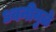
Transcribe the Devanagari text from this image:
ध्वनीमुळे